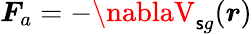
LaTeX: \boldsymbol{F}_{a}=-\nablaV_{\mathsf{s}g}(\boldsymbol{r})